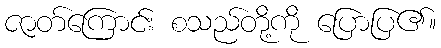
ဇာတ်ကြောင်း စသည်တို့ကို ပြောပြ၏။